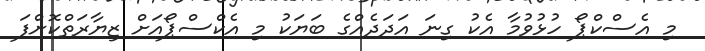
މި އެސްކްޕޯ ހުޅުވުމާ އެކު ގިނަ އަދަދެއްގެ ބަޔަކު މި އެކްސްޕޯއަށް ޒިޔާރަތްކޮށްފަ